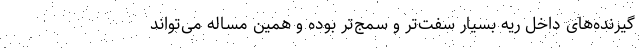
گیرنده‌های داخل ریه بسیار سفت‌تر و سمج‌تر بوده و همین مساله می‌تواند